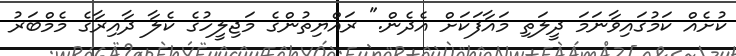
ކުށެއް ކަމުގައިވާނަމަ ދީލަތި މައާފަކަށް އެދެން." ރައްޔިތުންގެ މަޖިލީހުގެ ކެލާ ދާއިރާގެ މެމްބަރު